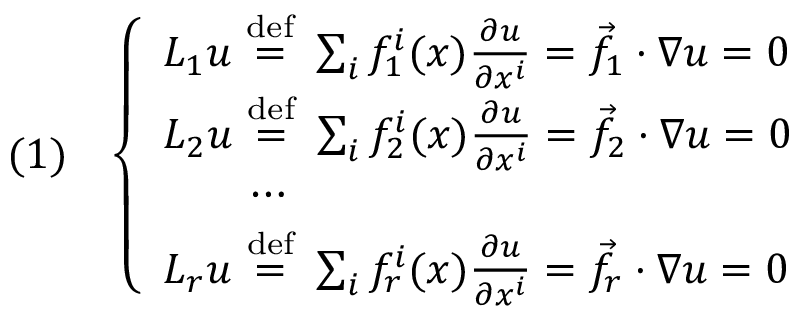
( 1 ) \quad { \left\{ \begin{array} { l l } { L _ { 1 } u \ { \stackrel { \mathrm { d e f } } { = } } \ \sum _ { i } f _ { 1 } ^ { i } ( x ) { \frac { \partial u } { \partial x ^ { i } } } = { \vec { f } } _ { 1 } \cdot \nabla u = 0 } \\ { L _ { 2 } u \ { \stackrel { \mathrm { d e f } } { = } } \ \sum _ { i } f _ { 2 } ^ { i } ( x ) { \frac { \partial u } { \partial x ^ { i } } } = { \vec { f } } _ { 2 } \cdot \nabla u = 0 } \\ { \qquad \cdots } \\ { L _ { r } u \ { \stackrel { \mathrm { d e f } } { = } } \ \sum _ { i } f _ { r } ^ { i } ( x ) { \frac { \partial u } { \partial x ^ { i } } } = { \vec { f } } _ { r } \cdot \nabla u = 0 } \end{array} \right. }